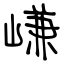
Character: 嵰